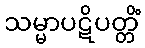
သမ္မာပဋိပတ္တိံ